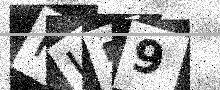
Text: RU59